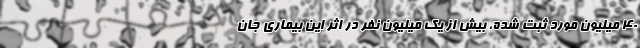
۴۰ میلیون مورد ثبت شده، بیش از یک میلیون نفر در اثر این بیماری جان